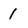
Character: 1